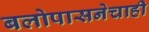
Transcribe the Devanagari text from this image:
बलोपासनेचाही